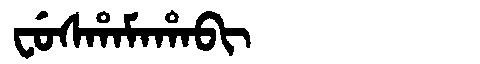
Manchu: ᠸᡠᠰᡥᠠᠮᠠᡥᠠᠪᡳ
Romanization: FUSHAMAHABI